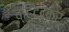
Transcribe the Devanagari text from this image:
व्हिटटेकर